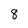
Character: 8